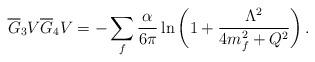
LaTeX: \begin{align*}\overline G_3V\overline G_4V =-\sum_f {\alpha\over 6\pi} \ln{\bigg( 1+{\Lambda^2\over 4m_f^2+Q^2}\bigg)}\,.\end{align*}